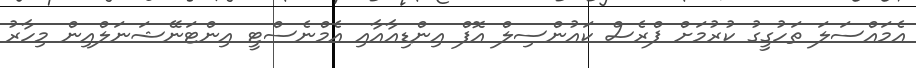
އެމައްސަލަ ތަހުގީގު ކުރުމަށް ޕްރެސް ކައުންސިލް އޮފް އިންޑިއާއާއި އެމްނެސްޓީ އިންޓަނޭޝަނަލްއިން މިހާރު